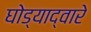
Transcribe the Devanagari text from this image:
घोड्याद्वारे